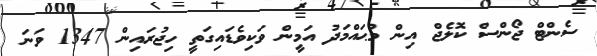
ސެންޓް ޖޯންސް ކޮލެޖް އިން މުޙައްމަދު އަމީން ވަކިވެޑައިގަތީ ހިޖުރައިން 1347 ވަނަ